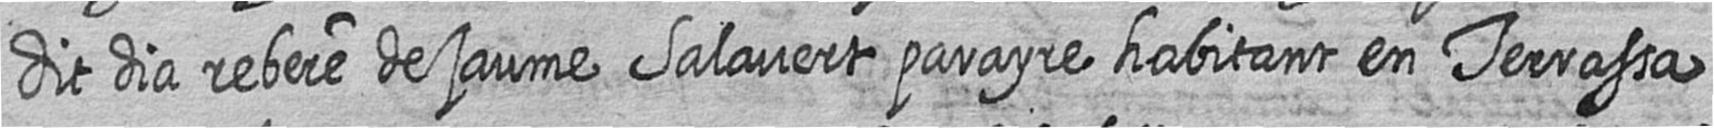
dit dia rebere de Jaume Salavert parayre habitant en Terrassa